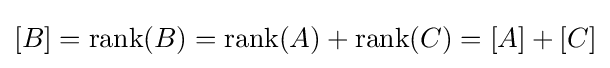
[B]=\operatorname {rank} (B)=\operatorname {rank} (A)+\operatorname {rank} (C)=[A]+[C]